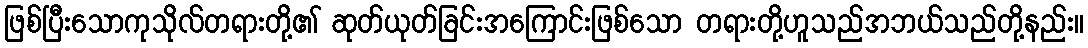
ဖြစ်ပြီးသောကုသိုလ်တရားတို့၏ ဆုတ်ယုတ်ခြင်းအကြောင်းဖြစ်သော တရားတို့ဟူသည်အဘယ်သည်တို့နည်း။